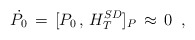
\begin{align*}\dot{P_0}\,=\,[P_0\,,\,H^{SD}_T]_P\,\approx\,0\,\,\,,\end{align*}